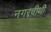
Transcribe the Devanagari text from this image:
नगरवीथी